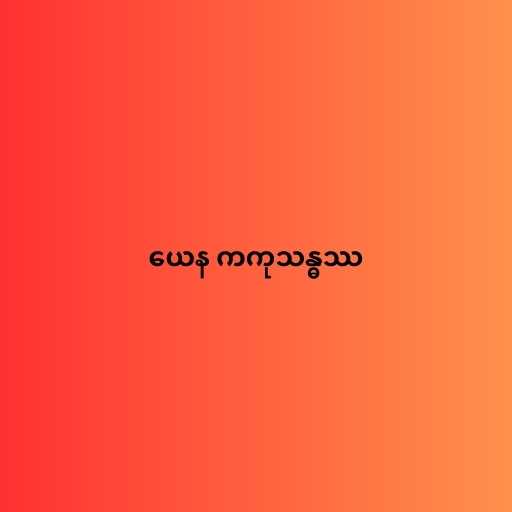
ယေန ကကုသန္ဓဿ